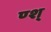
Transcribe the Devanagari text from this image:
ण्श्